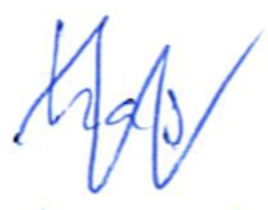
Text: has
Cross-out: zig-zag
Writing tool: ballpoint